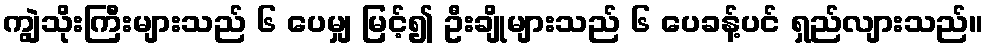
ကျွဲသိုးကြီးများသည် ၆ ပေမျှ မြင့်၍ ဦးချိုများသည် ၆ ပေခန့်ပင် ရှည်လျားသည်။